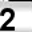
Digit: 2